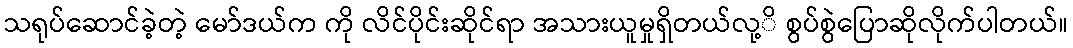
သရုပ်ဆောင်ခဲ့တဲ့ မော်ဒယ်က ကို လိင်ပိုင်းဆိုင်ရာ အသားယူမှုရှိတယ်လု့ိ စွပ်စွဲပြောဆိုလိုက်ပါတယ်။